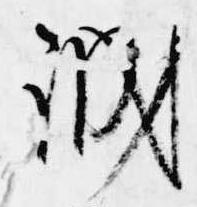
誠